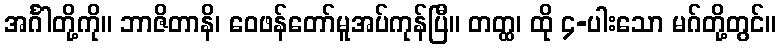
အင်္ဂါတို့ကို။ ဘာဇိတာနိ၊ ဝေဖန်တော်မူအပ်ကုန်ပြီ။ တတ္ထ၊ ထို ၄-ပါးသော မဂ်တို့တွင်။